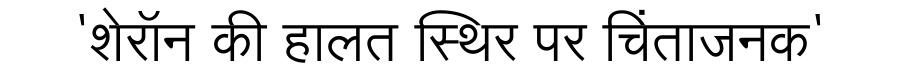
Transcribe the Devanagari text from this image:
'शेरॉन की हालत स्थिर पर चिंताजनक'